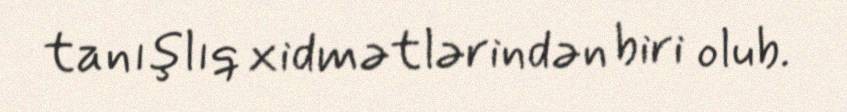
tanışlıq xidmətlərindən biri olub.